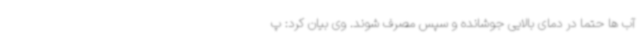
آب ها حتما در دمای بالایی جوشانده و سپس مصرف شوند. وی بیان کرد: پ